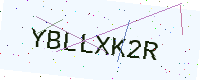
Text: YBLLXK2R